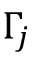
\Gamma _ { j }